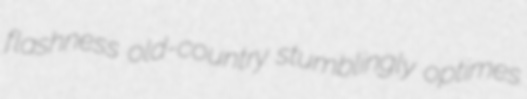
flashness old-country stumblingly optimes